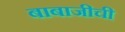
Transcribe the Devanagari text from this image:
बाबाजीची